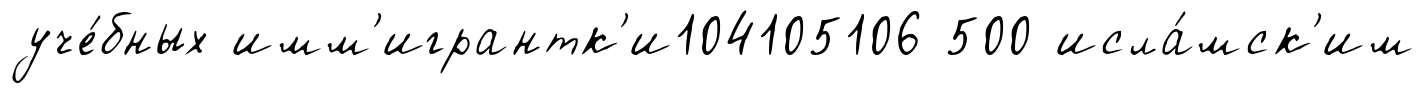
уче́бных имм'игрантк'и104105106 500 исла́мск'им